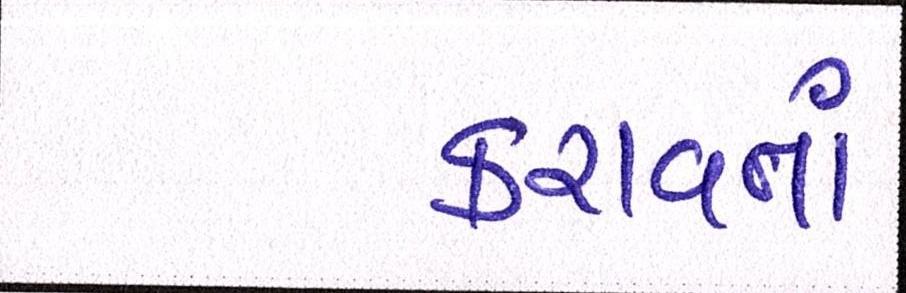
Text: કરાવતાં